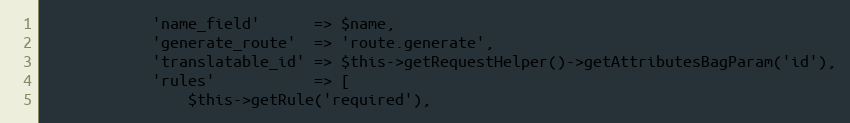
Language: PHP
            'name_field'      => $name,
            'generate_route'  => 'route.generate',
            'translatable_id' => $this->getRequestHelper()->getAttributesBagParam('id'),
            'rules'           => [
                $this->getRule('required'),